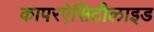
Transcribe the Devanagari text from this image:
कापरऐसिटीलाइड